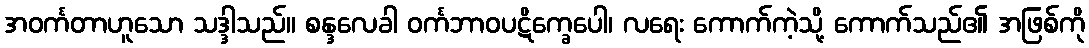
အဝင်္ကတာဟူသော သဒ္ဒါသည်။ စန္ဒလေခါ ဝင်္ကဘာဝပဋိက္ခေပေါ၊ လရေး ကောက်ကဲ့သို့ ကောက်သည်၏ အဖြစ်ကို